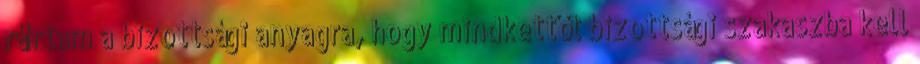
ráírtam a bizottsági anyagra, hogy mindkettőt bizottsági szakaszba kell